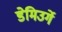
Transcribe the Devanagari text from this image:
डेमिउर्गे